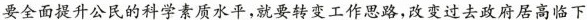
要全面提升公民的科学素质水平，就要转变工作思路，改变过去政府居高临下